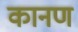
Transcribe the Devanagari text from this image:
कानण